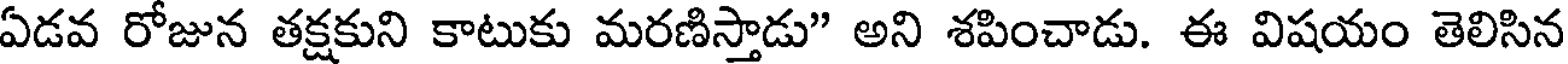
ఏడవ రోజున తక్షకుని కాటుకు మరణిస్తాడు" అని శపించాడు. ఈ విషయం తెలిసిన